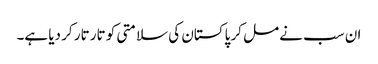
ان سب نے مل کر پاکستان کی سلامتی کو تار تار کر دیا ہے۔